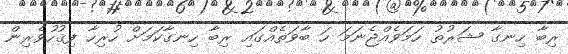
ރިބާ ހިނގާ ޝަރުތު ހަމަވެއްޖެނަމަ ހަ ބާވަތެއްގައި ރިބާ ހިނގާކަމަށް ހުރިހާ ފިޤުހުވެރިން